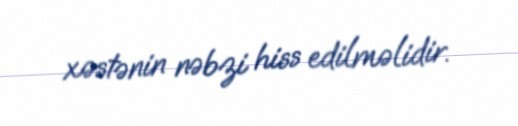
xəstənin nəbzi hiss edilməlidir.